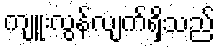
ကျူးလွန်လျက်ရှိသည်